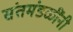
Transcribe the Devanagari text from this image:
संतमंडळींनी